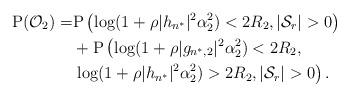
LaTeX: \begin{align*}\mathrm{P}(\mathcal{O}_{2}) =& \mathrm{P}\left(\log(1+\rho|h_{n^*}|^2\alpha_2^2)<2R_2,|\mathcal{S}_r|>0\right) \\ &+ \mathrm{P}\left(\log(1+\rho|g_{n^*,2}|^2\alpha_2^2)<2R_2, \right.\\ &\left. \log(1+\rho|h_{n^*}|^2\alpha_2^2)>2R_2,|\mathcal{S}_r|>0\right).\end{align*}